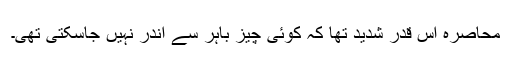
محاصرہ اس قدر شدید تھا کہ کوئی چیز باہر سے اندر نہیں جاسکتی تھی۔